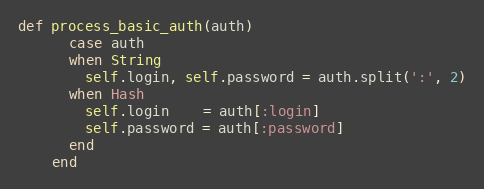
Language: Ruby
def process_basic_auth(auth)
      case auth
      when String
        self.login, self.password = auth.split(':', 2)
      when Hash
        self.login    = auth[:login]
        self.password = auth[:password]
      end
    end